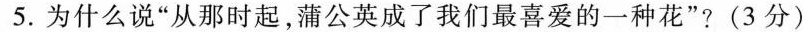
5.为什么说”从那时起，蒲公英成了我们最喜爱的一种花”?(3分)